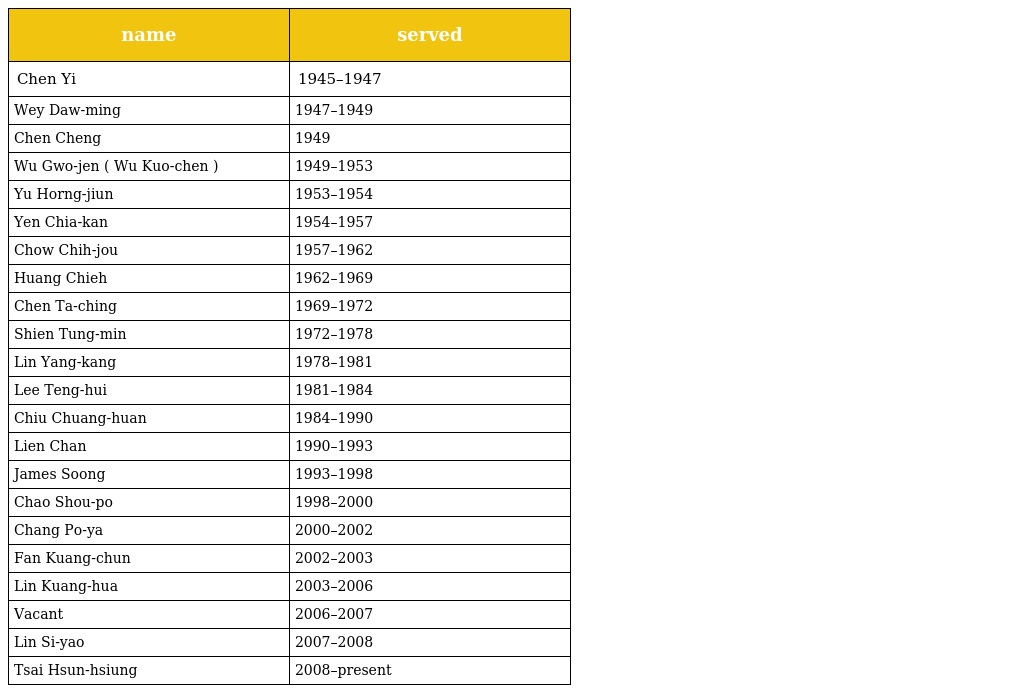
| name | served |
 | --- | --- |
 | Chen Yi | 1945–1947 |
 | Wey Daw-ming | 1947–1949 |
 | Chen Cheng | 1949 |
 | Wu Gwo-jen ( Wu Kuo-chen ) | 1949–1953 |
 | Yu Horng-jiun | 1953–1954 |
 | Yen Chia-kan | 1954–1957 |
 | Chow Chih-jou | 1957–1962 |
 | Huang Chieh | 1962–1969 |
 | Chen Ta-ching | 1969–1972 |
 | Shien Tung-min | 1972–1978 |
 | Lin Yang-kang | 1978–1981 |
 | Lee Teng-hui | 1981–1984 |
 | Chiu Chuang-huan | 1984–1990 |
 | Lien Chan | 1990–1993 |
 | James Soong | 1993–1998 |
 | Chao Shou-po | 1998–2000 |
 | Chang Po-ya | 2000–2002 |
 | Fan Kuang-chun | 2002–2003 |
 | Lin Kuang-hua | 2003–2006 |
 | Vacant | 2006–2007 |
 | Lin Si-yao | 2007–2008 |
 | Tsai Hsun-hsiung | 2008–present |